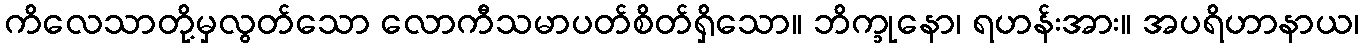
ကိလေသာတို့မှလွတ်သော လောကီသမာပတ်စိတ်ရှိသော။ ဘိက္ခုနော၊ ရဟန်းအား။ အပရိဟာနာယ၊